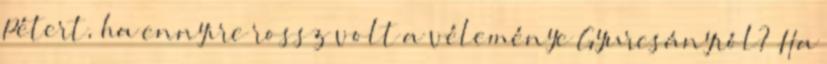
Pétert, ha ennyire rossz volt a véleménye Gyurcsányról? Ha